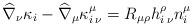
LaTeX: \begin{align*}\widehat{\nabla}_{\nu}\kappa_{i}-\widehat{\nabla}_{\mu}\kappa^{\mu}_{i\: \nu}=R_{\mu \rho}h^{\rho}_{i\: \nu}n^{\mu}_{i}\end{align*}